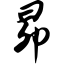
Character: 昴